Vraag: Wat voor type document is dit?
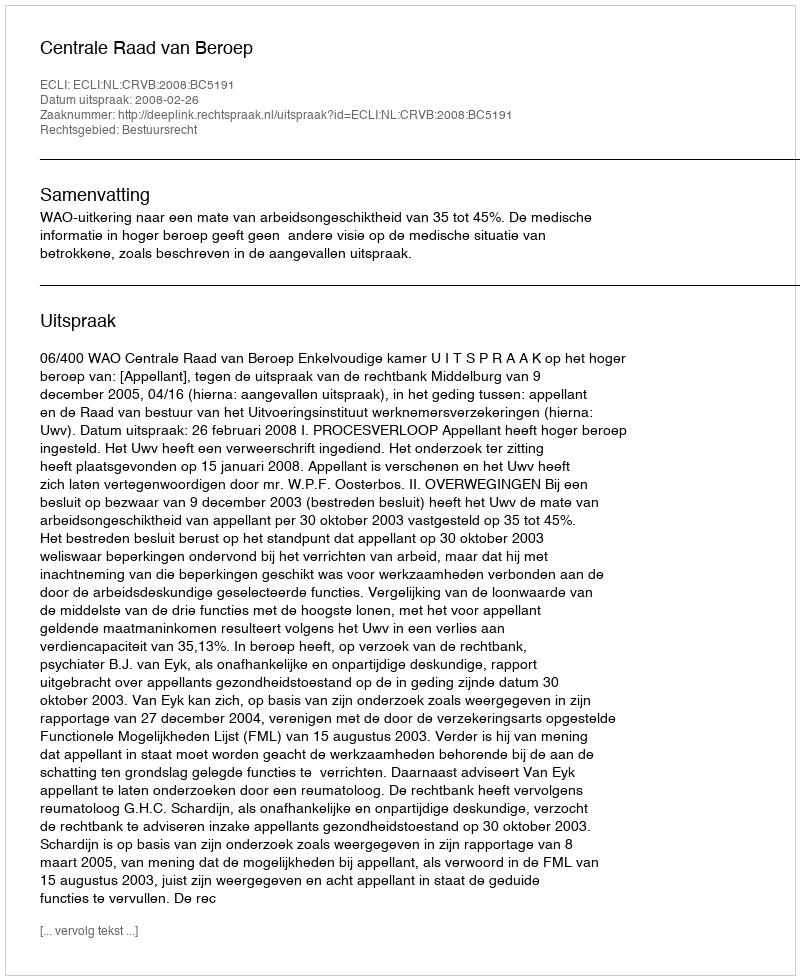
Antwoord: Uitspraak